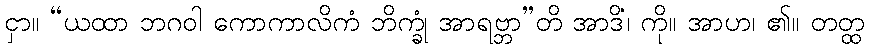
ငှာ။ “ယထာ ဘဂဝါ ကောကာလိကံ ဘိက္ခုံ အာရဗ္ဘာ”တိ အာဒိံ၊ ကို။ အာဟ၊ ၏။ တတ္ထ